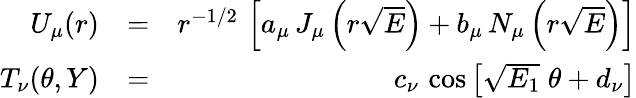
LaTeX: \begin{array}{rlr}{U_{\mu}(r)}&{=}&{r^{-1/2}\, \left[a_{\mu}\, J_{\mu}\left({r\sqrt{E}}\right)+b_{\mu}\, N_{\mu}\left(r\sqrt{E}\right)\right]}\\ {T_{\nu}(\theta,Y)}&{=}&{c_{\nu}\, \cos\left[\sqrt{E_{1}}\; \theta+d_{\nu}\right]}\end{array}